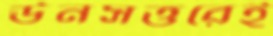
ঊনসত্তরেই